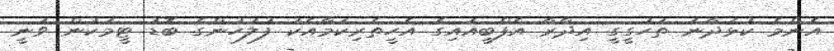
އެންމެ ކުޅަދާނަ ތަހުގީގީ އިދާރާ އެފްބީއައިގެ އެހީތެރިކަމާއެކު ފުލުހުންގެ ބޮޑު ޓީމަކުން ވަނީ